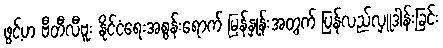
ဖွင့်ဟ ဗီတီလီဗူး နိုင်ငံရေးအစွန်းရောက် မြန်နှုန်းအတွက် ပြန်လည်လှူဒါန်းခြင်း